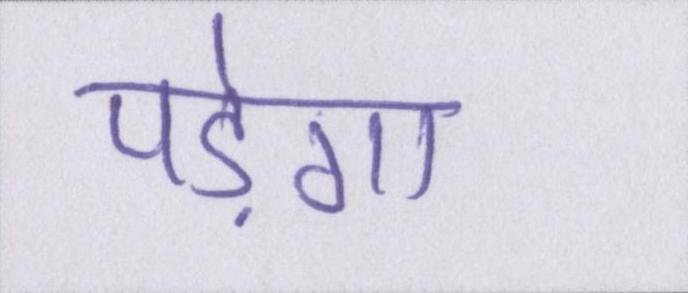
पड़ेगा